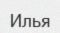
Илья